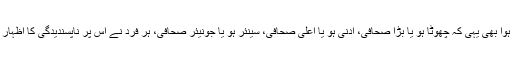
اور ہوا بھی یہی کہ چھوٹا ہو یا بڑا صحافی، ادنیٰ ہو یا اعلیٰ صحافی، سینئر ہو یا جونیئر صحافی، ہر فرد نے اس پر ناپسندیدگی کا اظہار کیا۔